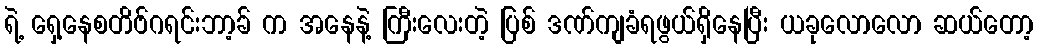
ရဲ့ ရှေ့နေစတိဗ်ဂရင်းဘာ့ခ် က အနေနဲ့ ကြီးလေးတဲ့ ပြစ် ဒဏ်ကျခံရဖွယ်ရှိနေပြီး ယခုလောလော ဆယ်တော့